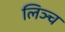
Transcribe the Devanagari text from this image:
लिञ्च